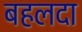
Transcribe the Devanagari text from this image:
बहलदा